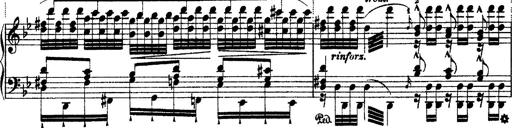
Title: Ã‰tudes d'exÃ©cution transcendante d'aprÃ¨s Paganini
Composer: Franz Liszt